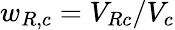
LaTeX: w_{R,c}=V_{Rc}/V_{c}